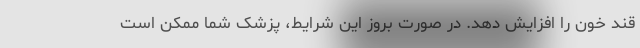
قند خون را افزایش دهد. در صورت بروز این شرایط، پزشک شما ممکن است